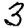
Digit: 3